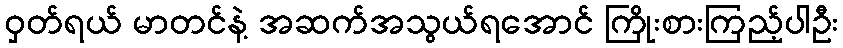
ဝှတ်ရယ် မာတင်နဲ့ အဆက်အသွယ်ရအောင် ကြိုးစားကြည့်ပါဦး